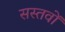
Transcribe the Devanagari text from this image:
सस्तवों